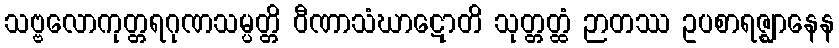
သဗ္ဗလောကုတ္တရဂုဏသမ္ပတ္တိ ဝီဏာသံဃာဋောတိ သုတ္တတ္ထံ ဉာတဿ ဥပစာရဇ္ဈာနေန